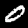
Label: 0